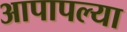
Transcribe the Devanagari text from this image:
आपापल्‍या